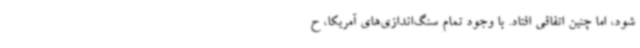
شود، اما چنین اتفاقی افتاد. با وجود تمام سنگ‌اندازی‌های آمریکا، ح